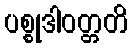
ပစ္စုဒါဝတ္တတိ